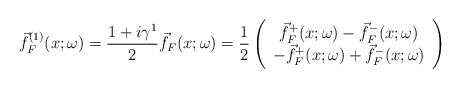
\begin{align*}\vec{f}_F^{(1)}(x;\omega)=\frac{1+i\gamma^1}{2}\vec{f}_F(x;\omega)=\frac{1}{2}\left(\begin{array}{c}\vec{f}_F^+(x;\omega)-\vec{f}_F^-(x;\omega)\\-\vec{f}_F^+(x;\omega)+\vec{f}_F^-(x;\omega)\end{array}\right)\end{align*}